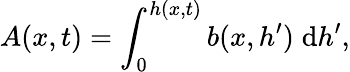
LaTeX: A(x,t)=\int_{0}^{h(x,t)}b(x,h^{\prime})\; {\mathrm{d}}h^{\prime},